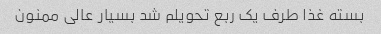
بسته غذا طرف یک ربع تحویلم شد بسیار عالی ممنون